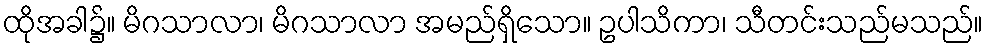
ထိုအခါ၌။ မိဂသာလာ၊ မိဂသာလာ အမည်ရှိသော။ ဥပါသိကာ၊ သီတင်းသည်မသည်။